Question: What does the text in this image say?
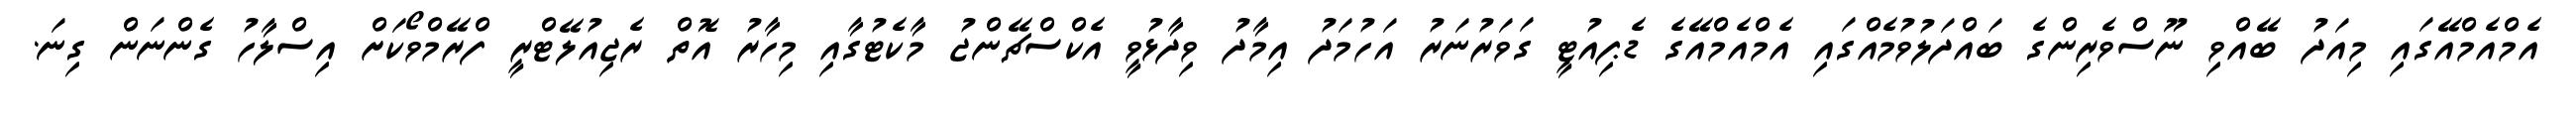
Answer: އެމްއެމްއޭގައި މިއަދު ބޭއްވި ނޫސްވެރިންގެ ބައްދަލުވުމެއްގައި އެމްއެމްއޭގެ ޑެޕިއުޓީ ގަވަރުނަރު އަހުމަދު އިމާދު ވިދާޅުވީ އެކްސްޗޭންޖު މާކެޓުގާއި މިހާރު އޮތް ރެޖިއުލޭޓްރީ ފްރޭމްވޯކަށް އިސްލާހު ގެންނަން ގިނަ.